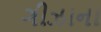
ગીઝાના